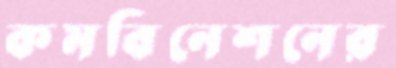
কমবিনেশনের